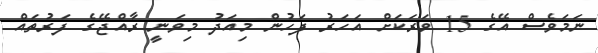
ނަމަވެސް އޭގެ 15 ވަރަކަށް އަހަރު ފަހުން މިއަދު މިވަނީ ރާއްޖޭގެ ފަރުތައް